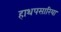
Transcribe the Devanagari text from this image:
हाथपसारिया